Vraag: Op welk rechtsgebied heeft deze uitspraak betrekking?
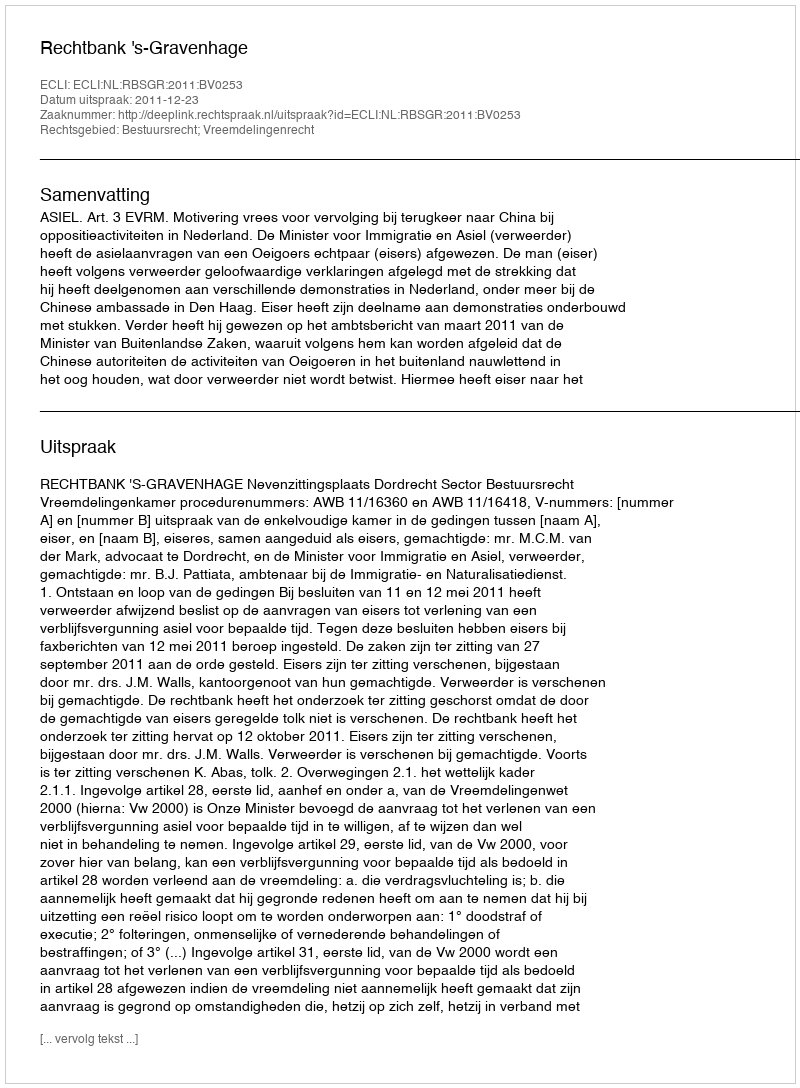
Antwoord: Bestuursrecht; Vreemdelingenrecht